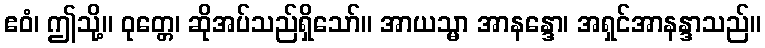
ဧဝံ၊ ဤသို့။ ဝုတ္တေ၊ ဆိုအပ်သည်ရှိသော်။ အာယသ္မာ အာနန္ဒော၊ အရှင်အာနန္ဒာသည်။